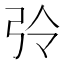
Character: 𢏀